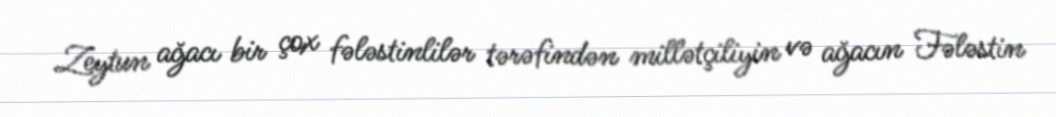
Zeytun ağacı bir çox fələstinlilər tərəfindən millətçiliyin və ağacın Fələstin